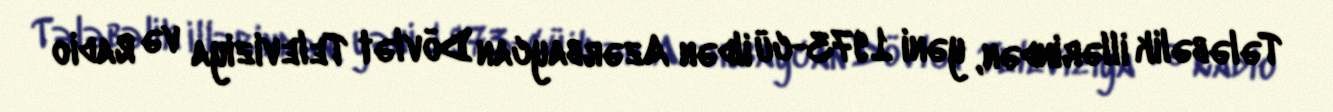
Tələbəlik illərindən, yəni 1973-cü ildən Azərbaycan Dövlət Televiziya və Radio